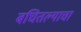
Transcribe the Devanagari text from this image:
बघितल्याचा